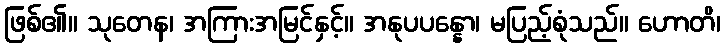
ဖြစ်၏။ သုတေန၊ အကြားအမြင်နှင့်။ အနုပပန္နော၊ မပြည့်စုံသည်။ ဟောတိ၊